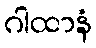
ဂါထာနံ